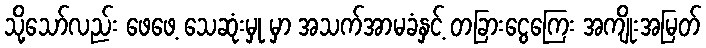
သို့သော်လည်း ဖေဖေ့ သေဆုံးမှု မှာ အသက်အာမခံနှင့် တခြားငွေကြေး အကျိုးအမြတ်